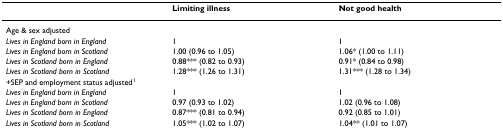
<table><thead><tr><td></td><td><b>Limiting illness</b></td><td><b>Not good health</b></td></tr></thead><tbody><tr><td colspan="3">Age &amp; sex adjusted</td></tr><tr><td><i>Lives in England born in England</i></td><td>1</td><td>1</td></tr><tr><td><i>Lives in England born in Scotland</i></td><td>1.00 (0.96 to 1.05)</td><td>1.06* (1.00 to 1.11)</td></tr><tr><td><i>Lives in Scotland born in England</i></td><td>0.88*** (0.82 to 0.93)</td><td>0.91* (0.84 to 0.98)</td></tr><tr><td><i>Lives in Scotland born in Scotland</i></td><td>1.28*** (1.26 to 1.31)</td><td>1.31*** (1.28 to 1.34)</td></tr><tr><td colspan="3">+SEP and employment status adjusted<sup>1</sup></td></tr><tr><td><i>Lives in England born in England</i></td><td>1</td><td>1</td></tr><tr><td><i>Lives in England born in Scotland</i></td><td>0.97 (0.93 to 1.02)</td><td>1.02 (0.96 to 1.08)</td></tr><tr><td><i>Lives in Scotland born in England</i></td><td>0.87*** (0.81 to 0.94)</td><td>0.92 (0.85 to 1.01)</td></tr><tr><td><i>Lives in Scotland born in Scotland</i></td><td>1.05*** (1.02 to 1.07)</td><td>1.04** (1.01 to 1.07)</td></tr></tbody></table>